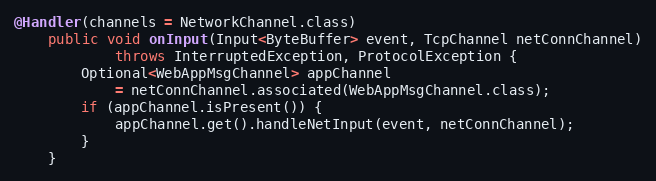
Language: Java
@Handler(channels = NetworkChannel.class)
    public void onInput(Input<ByteBuffer> event, TcpChannel netConnChannel)
            throws InterruptedException, ProtocolException {
        Optional<WebAppMsgChannel> appChannel
            = netConnChannel.associated(WebAppMsgChannel.class);
        if (appChannel.isPresent()) {
            appChannel.get().handleNetInput(event, netConnChannel);
        }
    }